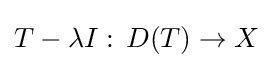
T-\lambda I:\,D(T)\to X